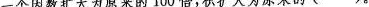
一个因数扩大为原来的100倍，积扩大为原来的( )。